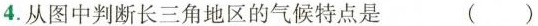
4.从图中判断长三角地区的气候特点是 ( )